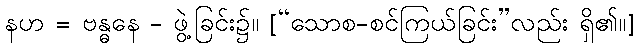
နဟ = ဗန္ဓနေ - ဖွဲ့ခြင်း၌။ [“သောစ-စင်ကြယ်ခြင်း”လည်း ရှိ၏။]